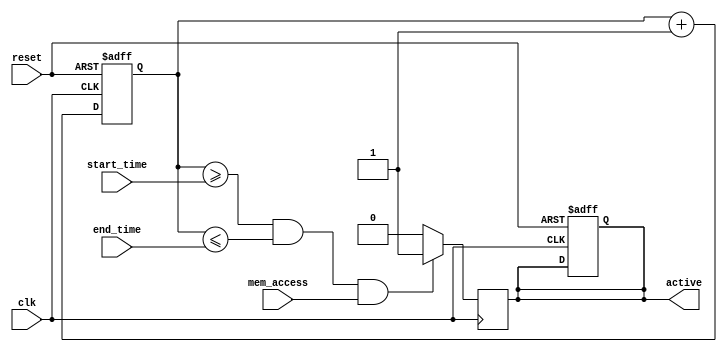
module MemoryBlocksTimeWindowDetector #(
    parameter TIME_WIDTH = 8, // Width of the time counter
    parameter WINDOW_WIDTH = 8 // Width for start and end time
)(
    input wire clk,             // Clock signal
    input wire reset,           // Asynchronous reset signal
    input wire mem_access,      // Memory access signal (read/write)
    input wire [WINDOW_WIDTH-1:0] start_time, // Start time of the window
    input wire [WINDOW_WIDTH-1:0] end_time,   // End time of the window
    output reg active           // Output signal indicating active memory access within the time window
);

    reg [TIME_WIDTH-1:0] time_counter; // Time counter

    // Asynchronous reset and time counter increment
    always @(posedge clk or posedge reset) begin
        if (reset) begin
            time_counter <= 0; // Reset the time counter
            active <= 0;       // Reset the active signal
        end else begin
            time_counter <= time_counter + 1; // Increment time counter
        end
    end

    // Detection logic
    always @(posedge clk) begin
        if (time_counter >= start_time && time_counter <= end_time && mem_access) begin
            active <= 1; // Assert active if within time window and memory access detected
        end else begin
            active <= 0; // Deassert active otherwise
        end
    end

endmodule